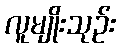
လူမျိုးသုဉ်း